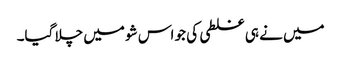
میں نے ہی غلطی کی جو اس شو میں چلا گیا۔